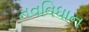
નવવિધાન